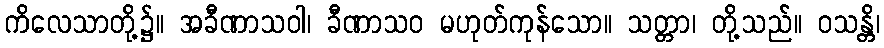
ကိလေသာတို့၌။ အခီဏာသဝါ၊ ခီဏာသဝ မဟုတ်ကုန်သော။ သတ္တာ၊ တို့သည်။ ဝသန္တိ၊